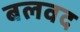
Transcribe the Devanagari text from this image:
बलवद